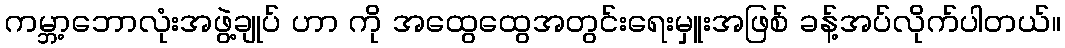
ကမ္ဘာ့ဘောလုံးအဖွဲ့ချုပ် ဟာ ကို အထွေထွေအတွင်းရေးမှူးအဖြစ် ခန့်အပ်လိုက်ပါတယ်။